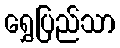
ရွှေပြည်သာ